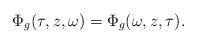
LaTeX: \begin{align*}\Phi_g(\tau,z,\omega) = \Phi_{g}(\omega, z,\tau). \end{align*}